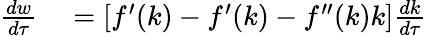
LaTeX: \begin{array}{rl}{{\frac{dw}{d\tau}}}&{{}=\left[f^{\prime}(k)-f^{\prime}(k)-f^{\prime\prime}(k)k\right]{\frac{dk}{d\tau}}}\end{array}